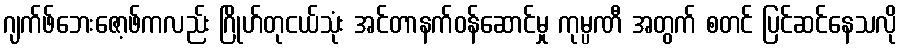
ဂျက်ဖ်ဘေးဇော့ဖ်ကလည်း ဂြိုဟ်တုငယ်သုံး အင်တာနက်ဝန်ဆောင်မှု ကုမ္ပဏီ အတွက် စတင် ပြင်ဆင်နေသလို